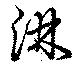
淋